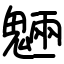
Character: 魎